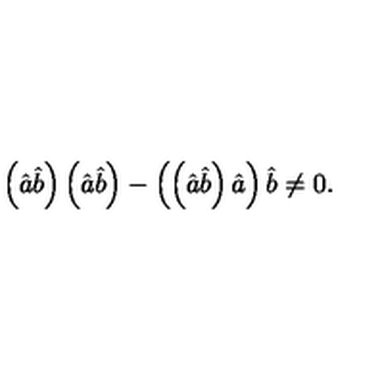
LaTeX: \left( \hat { a } \hat { b } \right) \left( \hat { a } \hat { b } \right) - \left( \left( \hat { a } \hat { b } \right) \hat { a } \right) \hat { b } \neq 0 .